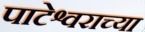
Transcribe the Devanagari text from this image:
पाटेश्वराच्या